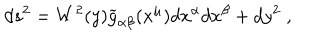
d s ^ { 2 } = W ^ { 2 } ( y ) \widetilde { g } _ { \alpha \beta } ( x ^ { \mu } ) d x ^ { \alpha } d x ^ { \beta } + d y ^ { 2 } \; ,